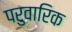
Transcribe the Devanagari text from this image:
परुवारिक